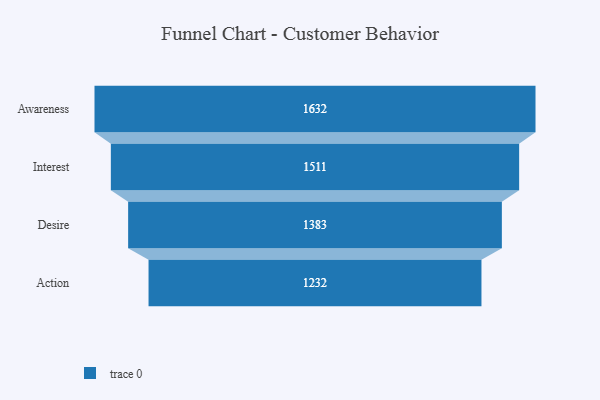
{"axis": {"x": "Stage", "y": "Value"}, "legend": [""], "data": [{"x": "Awareness", "y": 1632.0, "type": ""}, {"x": "Interest", "y": 1511.0, "type": ""}, {"x": "Desire", "y": 1383.0, "type": ""}, {"x": "Action", "y": 1232.0, "type": ""}]}